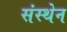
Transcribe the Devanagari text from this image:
संस्थेन